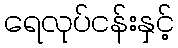
ရေလုပ်ငန်းနှင့်